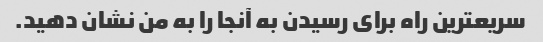
سریعترین راه برای رسیدن به آنجا را به من نشان دهید.